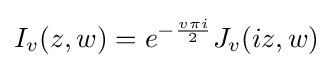
I_{v}(z,w)=e^{-{\frac {v\pi i}{2}}}J_{v}(iz,w)